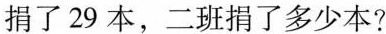
捐了29本，二班捐了多少本?